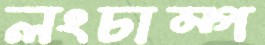
লংচাম্প